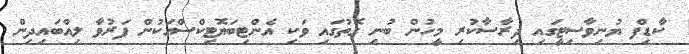
ކާޑިފް ޔުނިވާސިޓީގައި ދިރާސާކުރި މީހުން ބުނި ގޮތުގައި ވަކި އެންޓިބަޔޮޓިކްސްއަކުން ފަރުވާ ލިއްބައިދިން